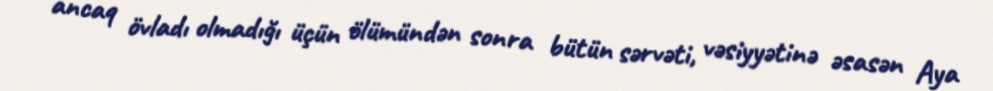
ancaq övladı olmadığı üçün ölümündən sonra bütün sərvəti, vəsiyyətinə əsasən Aya